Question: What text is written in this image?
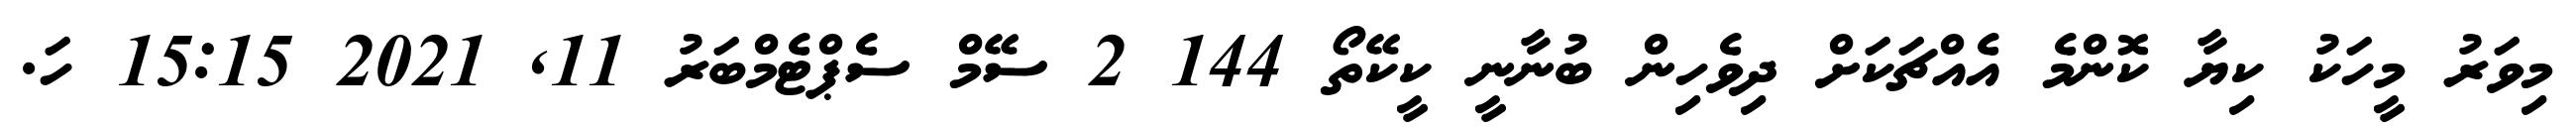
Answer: މިވަރު މީހަކު ކިޔާ ކޮންމެ އެއްޗަކަށް ދިވެހިން ބުނާނީ ކީކޭތޯ 144 2 ސޭމް ސެޕްޓެމްބަރު 11, 2021 15:15 ހަ.